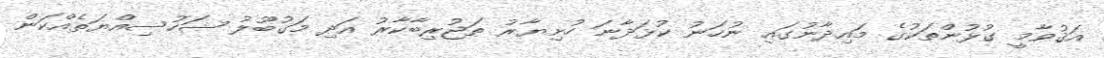
އަޤުވާމީ ގުޅުންތަކުގެ މައިދާނުގައި ނުހަނު ކުޅަދާނަ ހުށިޔާރު ތަޖުރިބާކާރު އަދި މަގުބޫލު ޝަހުސިއްޔަތެއްކަން